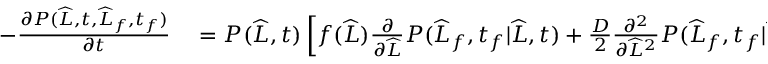
\begin{array} { r l } { - \frac { \partial P ( \widehat { L } , t , \widehat { L } _ { f } , t _ { f } ) } { \partial t } } & { { } = P ( \widehat { L } , t ) \left[ f ( \widehat { L } ) \frac { \partial } { \partial \widehat { L } } P ( \widehat { L } _ { f } , t _ { f } | \widehat { L } , t ) + \frac { D } { 2 } \frac { \partial ^ { 2 } } { \partial \widehat { L } ^ { 2 } } P ( \widehat { L } _ { f } , t _ { f } | \widehat { L } , t ) \right] } \end{array}